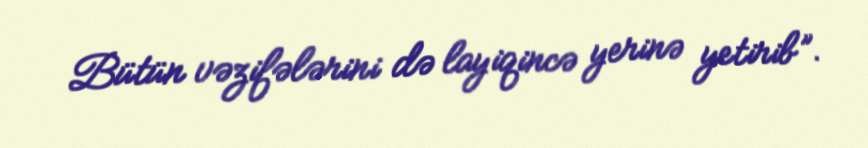
Bütün vəzifələrini də layiqincə yerinə yetirib”.